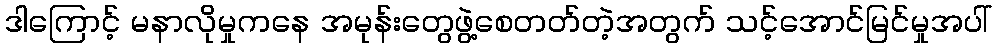
ဒါကြောင့် မနာလိုမှုကနေ အမုန်းတွေဖွဲ့စေတတ်တဲ့အတွက် သင့်အောင်မြင်မှုအပါ်